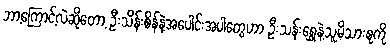
ဘာ့ကြောင့်လဲဆိုတော့ ဦးသိန်းစိန်နဲ့အပေါင်းအပါတွေဟာ ဦးသန်းရွှေနဲ့သူ့မိသားစုကို